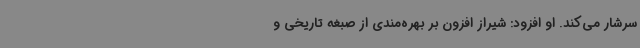
سرشار می‌کند. او افزود: شیراز افزون بر بهره‌مندی از صبغه تاریخی و